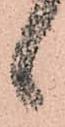
ゝ